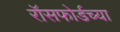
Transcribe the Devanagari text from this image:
रॉसफोर्डच्या